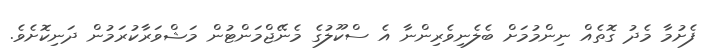
ފެށުމާ މެދު ގޮތެއް ނިންމުމަށް ބެލެނިވެރިންނާ އެ ސްކޫލުގެ މެނޭޖްމަންޓުން މަޝްވަރާކުރަމުން ދަނިކޮށެވެ.